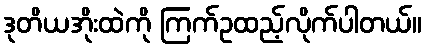
ဒုတိယအိုးထဲကို ကြက်ဥထည့်လိုက်ပါတယ်။